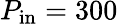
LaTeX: P_{\mathrm{in}}=300